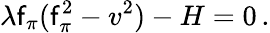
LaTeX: \lambda\mathsf{f}_{\pi}(\mathsf{f}_{\pi}^{2}-v^{2})-H=0\, .